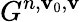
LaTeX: G^{n,\mathbf{v}_{0},\mathbf{v}}